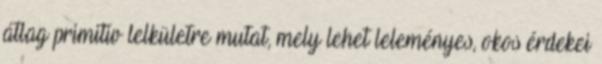
átlag primitív lelkületre mutat, mely lehet leleményes, okos érdekei